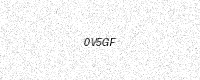
Text: 0V5GF